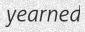
yearned